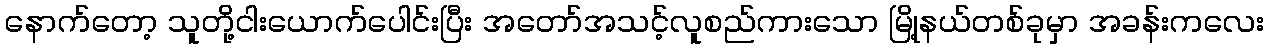
နောက်တော့ သူတို့ငါးယောက်ပေါင်းပြီး အတော်အသင့်လူစည်ကားသော မြို့နယ်တစ်ခုမှာ အခန်းကလေး